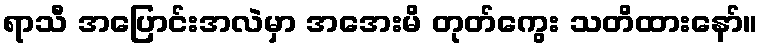
ရာသီ အပြောင်းအလဲမှာ အအေးမိ တုတ်ကွေး သတိထားနော်။